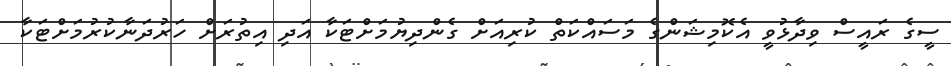
ސީގެ ރައީސް ވިދާޅުވީ އެކޮމިޝަންގެ މަސައްކަތް ކުރިއަށް ގެންދިޔުމަށްޓަކާ އަދި އިތުރަށް ހަރުދަނާކުރުމަށްޓަކާ